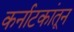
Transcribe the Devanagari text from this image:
कर्नाटकांतून